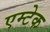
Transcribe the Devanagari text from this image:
एम्टेक